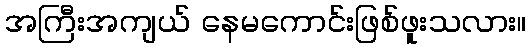
အကြီးအကျယ် နေမကောင်းဖြစ်ဖူးသလား။